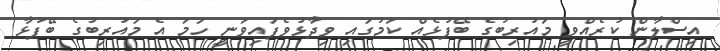
އިސްލާން ކުރެއްވީ މައުރިބުގެ ބޭފުޅެއް ކަމުގައި ވިދާޅުވެފައިވަނީ ހަމަ އެ މައުރިބުގެ ބޭފުޅާ